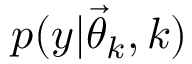
p ( y | \ensuremath { \vec { \theta } } _ { k } , k )